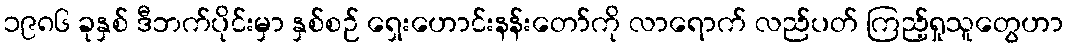
၁၉၈၆ ခုနှစ် ဒီဘက်ပိုင်းမှာ နှစ်စဉ် ရှေးဟောင်းနန်းတော်ကို လာရောက် လည်ပတ် ကြည့်ရှုသူတွေဟာ